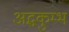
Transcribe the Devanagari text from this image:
अद्धकुम्भ